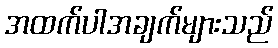
အထက်ပါအချက်များသည်